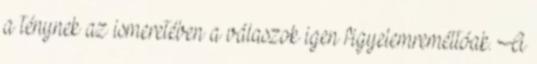
a ténynek az ismeretében a válaszok igen figyelemreméltóak. A